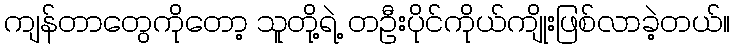
ကျန်တာတွေကိုတော့ သူတို့ရဲ့ တဦးပိုင်ကိုယ်ကျိုးဖြစ်လာခဲ့တယ်။